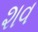
શવ